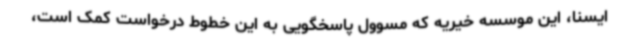
ایسنا، این موسسه خیریه که مسوول پاسخگویی به این خطوط درخواست کمک است،